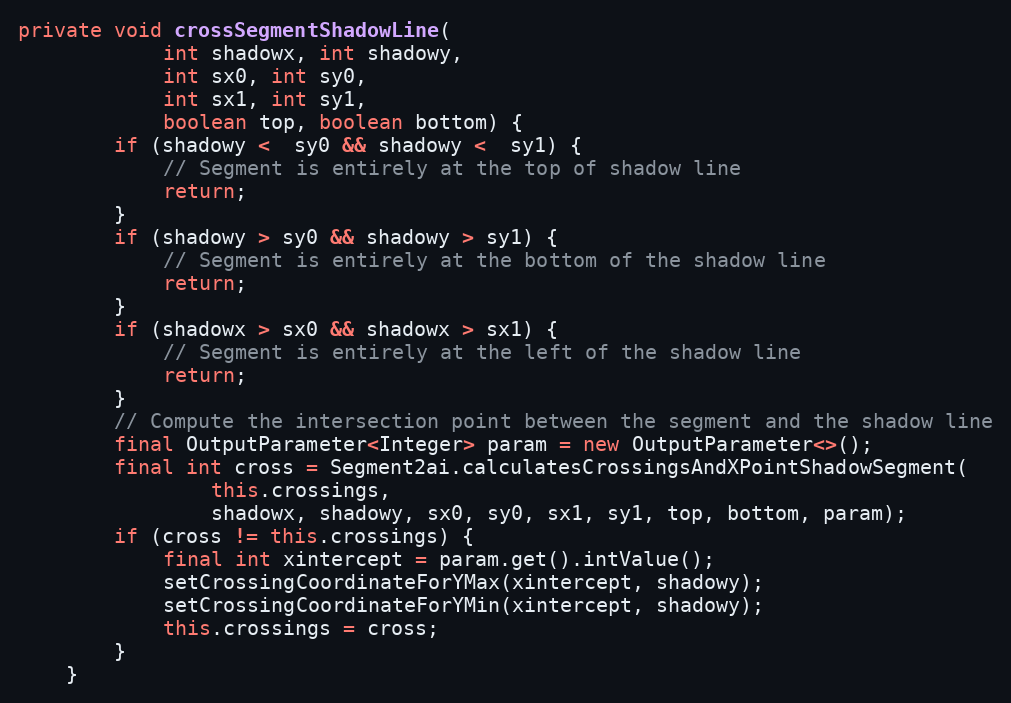
Language: Java
private void crossSegmentShadowLine(
            int shadowx, int shadowy,
            int sx0, int sy0,
            int sx1, int sy1,
            boolean top, boolean bottom) {
        if (shadowy <  sy0 && shadowy <  sy1) {
            // Segment is entirely at the top of shadow line
            return;
        }
        if (shadowy > sy0 && shadowy > sy1) {
            // Segment is entirely at the bottom of the shadow line
            return;
        }
        if (shadowx > sx0 && shadowx > sx1) {
            // Segment is entirely at the left of the shadow line
            return;
        }
        // Compute the intersection point between the segment and the shadow line
        final OutputParameter<Integer> param = new OutputParameter<>();
        final int cross = Segment2ai.calculatesCrossingsAndXPointShadowSegment(
                this.crossings,
                shadowx, shadowy, sx0, sy0, sx1, sy1, top, bottom, param);
        if (cross != this.crossings) {
            final int xintercept = param.get().intValue();
            setCrossingCoordinateForYMax(xintercept, shadowy);
            setCrossingCoordinateForYMin(xintercept, shadowy);
            this.crossings = cross;
        }
    }